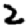
Digit: 2